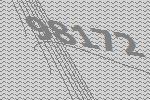
98172